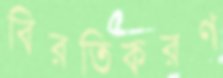
বিরতিকরণ